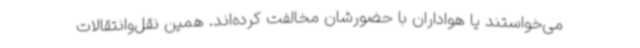
می‌خواستند یا هواداران با حضورشان مخالفت کرده‌اند. همین نقل‌وانتقالات